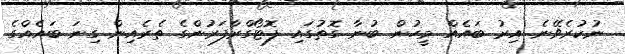
ނުކުރެވޭނެ އިރު ބައެއް މީހުން ބުނާ ގޮތުގައި ފޮޓޯގްރާފަރުންގެ ތެރެއިން ގިނަ ބައެއްގެ